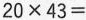
$$2 0 \times 4 3 =$$